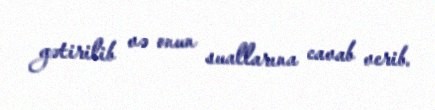
gətirilib və onun suallarına cavab verib.